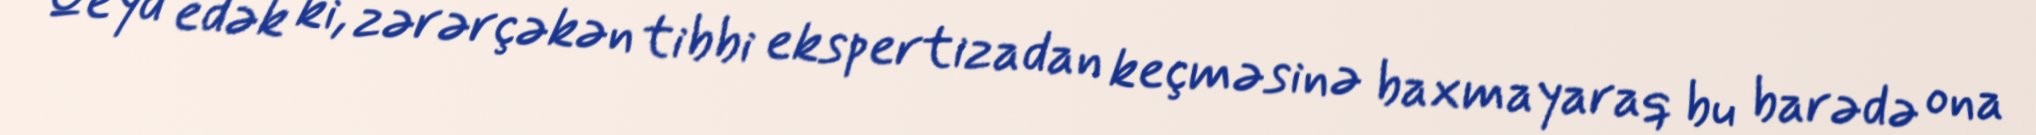
Qeyd edək ki, zərərçəkən tibbi ekspertizadan keçməsinə baxmayaraq bu barədə ona